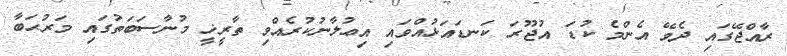
ރާއްޖޭގައި ދެވޭ އެންމެ ކުޑަ އުޖޫރަ ކަނޑައަޅުއްވައި އިޢުލާނުކުރެއްވި ތާރީޚީ މުނާސަބަތުގައި މަރުޙަބާ